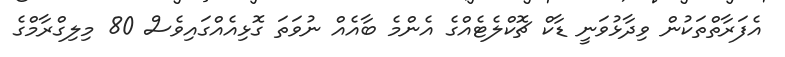
އެފަރާތްތަކުން ވިދާޅުވަނީ ޑާކް ޗޮކްލެޓެއްގެ އެންމެ ބާއެއް ނުވަތަ ގޮޅިއެއްގައިވެސް 80 މިލިގްރާމްގެ